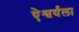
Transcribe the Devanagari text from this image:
ऐश्वर्यला